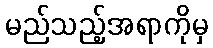
မည်သည့်အရာကိုမှ